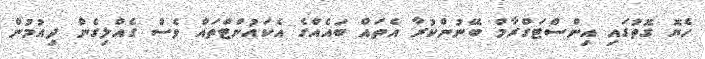
ހެޔޮ ގޮތުގައި އިންސްޓަގްރާމް ބޭނުންކުރާ އެތައް ބައެއްގެ އެކައުންޓްތައް ވެސް ގެއްލިގެން ދިއުމުން